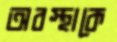
অবস্থাকে